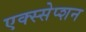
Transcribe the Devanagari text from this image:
एक्स्सेप्शन